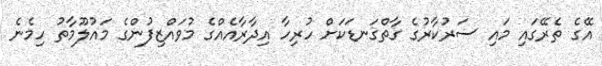
އޭގެ ތެރޭގައި މައި ސަރުކާރުގެ ގާތްގަނޑަކަށް ހުރިހާ އިދާރާއެއްގެ މުވައްޒިފުންގެ މައުލޫމާތު ހިމެެނެ